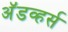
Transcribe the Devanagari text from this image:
अॅडव्हर्स